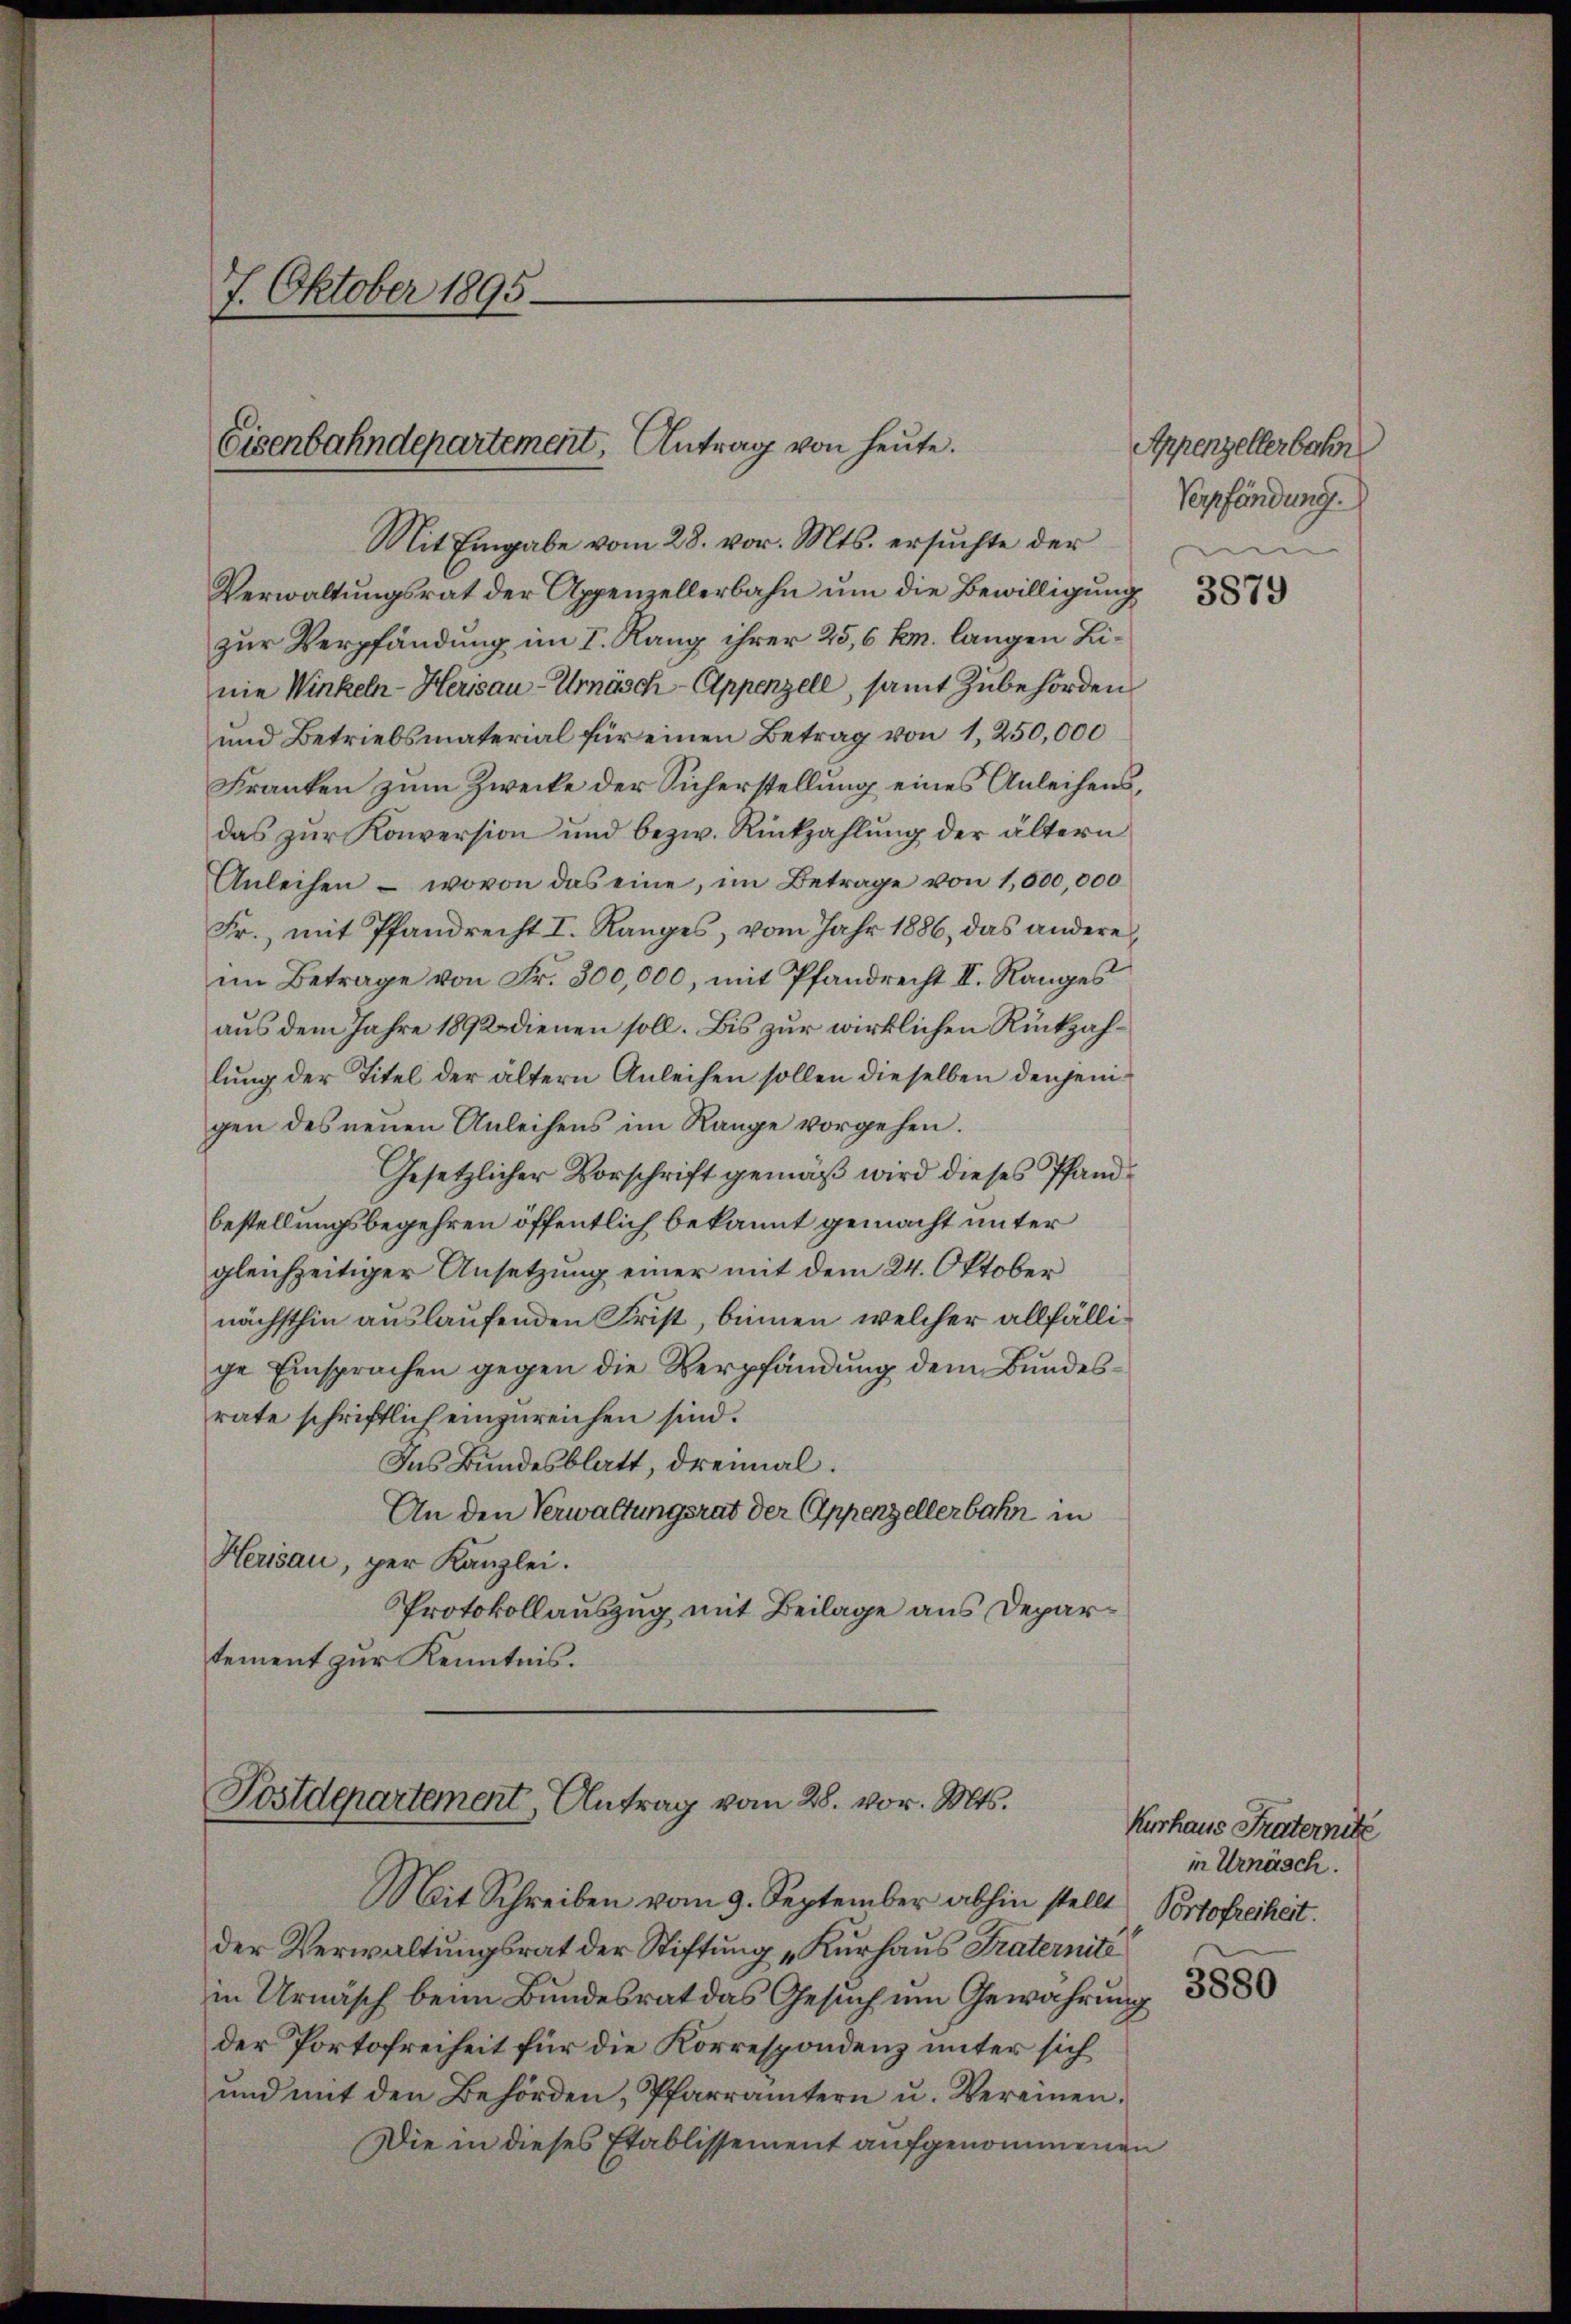
7. Oktober 1895.

Eisenbahndepartement, Antrag von heute.

Mit Eingabe vom 28. vor. Mts. ersŭchte der
Verwaltŭngsrat der Appenzellerbahn ŭm die Bewilligung
zur Verpfändung im I. Rang ihrer 25,6 kr. langen Linie Winkeln-Herisau-Urnösch-Appenzell, samt Zubehörden
und Betriebsmaterial für einen Betrag von 1,250,000
Franken zum Zwecke der Sicherstellung eines Anleihens,
das zur Konversion und bezw. Rückzahlung der ältern
Anleihen - wovon das eine, im Betrage von 1,600,000
Fr., mit Pfandrecht I. Ranges, vom Jahr 1886, das andere,
im Betrage von Fr. 300,000, mit Pfandrecht II. Ranges
aus dem Jahre 1892 dienen soll. Bis zur wirklichen Rückzahlung der Titel der ältern Anleihen sollen dieselben denjenigen des neuen Anleihens im Range vorgehen.
Gesetzlicher Vorschrift gemäß wird dieses Pfandbestellungsbegehren öffentlich bekannt gemacht unter
gleichzeitiger Ansetzung einer mit dem 24. Oktober
nächsthin auslaufenden Frist, binnen, welcher allfällige Einsprachen gegen die Verpfändung dem Bundesrate schriftlich einzureichen sind.
Das Bundesblatt, dreimal.
An den Verwaltungsrat der Appenzellerbahn in
Herisau, per Kanzlei.
Protokollauszug mit Beilage aus Deparsement zur Kenntnis.

Postdepartement, Antrag vom 28. vor. Mts.

Mit Schreiben vom 9. September abhin stellt
der Verwaltungsrat der Stiftung „Kurhaus Traternité
in Urnasch beim Bundesrat das Gesuch um Gewährung
der Portofreiheit für die Korrespondenz unter sich
und mit den Behörden, Pfarrämtern u. Vereinen.
Die in dieses Etablissement aufgenommenen

Appenzellerbahn
Verpfändung.

Kurhaus Fraternitz
in Urnäsch.
Portofreiheit.
3880